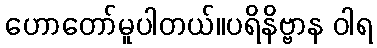
ဟောတော်မူပါတယ်။ပရိနိဗ္ဗာန ဝါရ